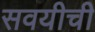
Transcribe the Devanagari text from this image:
सवयीची